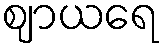
ဈာယရေ